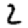
Digit: 2